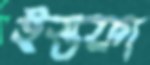
ইস্তফা